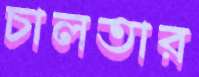
চালতার